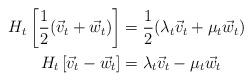
LaTeX: \begin{align*}H_t \left[ \frac{1}{2}(\vec{v}_t + \vec{w}_t) \right] &= \frac{1}{2}(\lambda_t \vec{v}_t + \mu_t \vec{w}_t) \\H_t \left[ \vec{v}_t - \vec{w}_t \right] &= \lambda_t \vec{v}_t - \mu_t \vec{w}_t\end{align*}